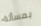
بمسألة